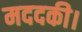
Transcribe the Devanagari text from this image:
मददकी।